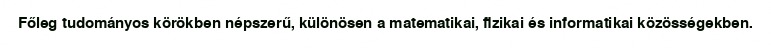
Főleg tudományos körökben népszerű, különösen a matematikai, fizikai és informatikai közösségekben.